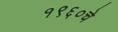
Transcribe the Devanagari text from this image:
१९६०चे